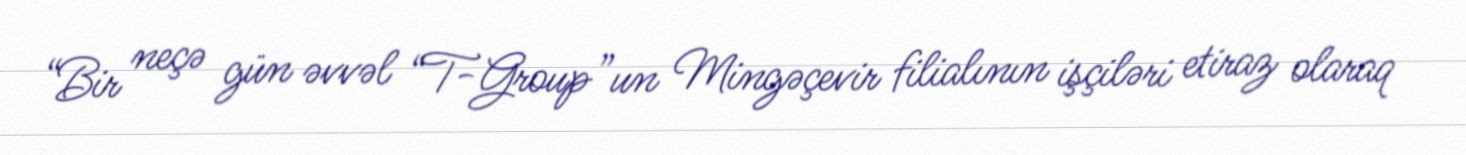
“Bir neçə gün əvvəl “T-Group”un Mingəçevir filialının işçiləri etiraz olaraq